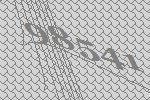
98541